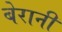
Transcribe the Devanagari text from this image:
बेरानी